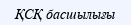
ҚСҚ басшылығы